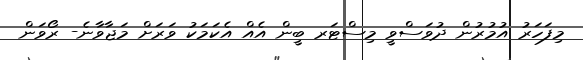
މިފަހަރު އުމުރުން ދުވަސްވީ މިސްޓަރ ބީން އެއް އެކަމަކު ވަރަށް މަޖާވާނެ- ރޯވަން